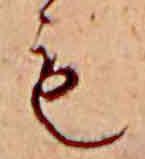
も